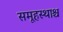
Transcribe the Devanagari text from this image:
समूहस्थाश्च